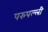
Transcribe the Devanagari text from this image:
परुपल्ली